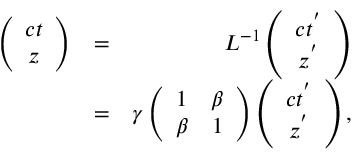
\begin{array} { r l r } { \left( \begin{array} { c c } { c t } \\ { z } \end{array} \right) } & { = } & { L ^ { - 1 } \left( \begin{array} { c c } { c t ^ { ' } } \\ { z ^ { ' } } \end{array} \right) } \\ & { = } & { \gamma \left( \begin{array} { c c } { 1 } & { \beta } \\ { \beta } & { 1 } \end{array} \right) \left( \begin{array} { c c } { c t ^ { ' } } \\ { z ^ { ' } } \end{array} \right) , } \end{array}